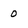
Character: 0